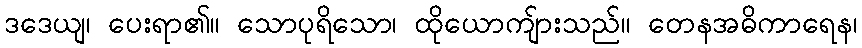
ဒဒေယျ၊ ပေးရာ၏။ သောပုရိသော၊ ထိုယောကျ်ားသည်။ တေနအဓိကာရေန၊